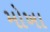
મોખા